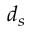
d _ { s }